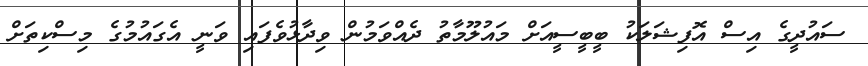
ސައުދީގެ އިސް އޮފިޝަލަކު ބީބީސީއަށް މައުލޫމާތު ދެއްވަމުން ވިދާޅުވެފައި ވަނީ އެގައުމުގެ މިސްކިތަށް